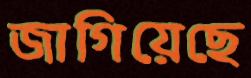
জাগিয়েছে